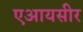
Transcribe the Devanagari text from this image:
एआयसीर